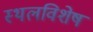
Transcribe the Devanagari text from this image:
स्थलविशेष